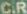
C.R